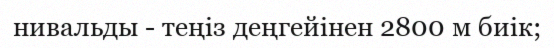
нивальды - теңіз деңгейінен 2800 м биік;